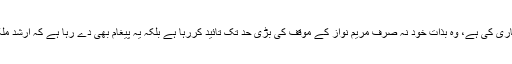
انہوں نے اپنی صفائی میں جو پریس ریلیز جاری کی ہے، وہ بذات خود نہ صرف مریم نواز کے موقف کی بڑی حد تک تائید کررہا ہے بلکہ یہ پیغام بھی دے رہا ہے کہ ارشد ملک صاحب قطعاً بلند اخلاقی مقام پر فائز نہیں۔